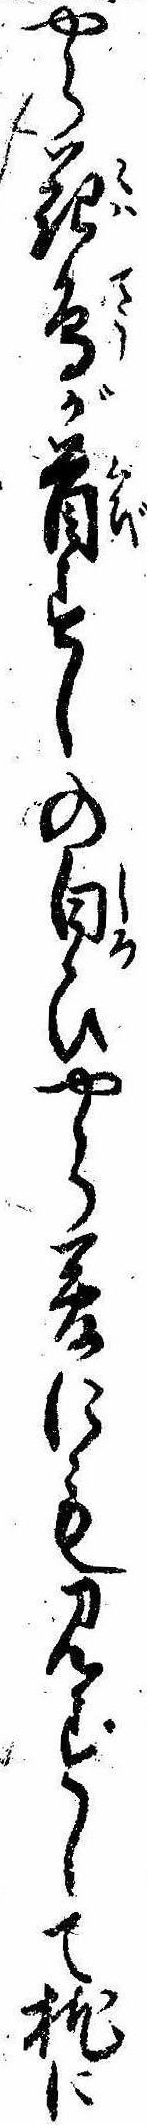
やら花鳥が首すしの白ひやら夢にも見ずして枕に